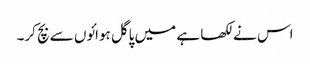
اس نے لکھا ہے میں پاگل ہوائوں سے بچ کر۔